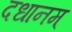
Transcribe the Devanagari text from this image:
दधानम्‌